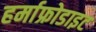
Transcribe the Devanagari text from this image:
हर्माफ्रोडाइट